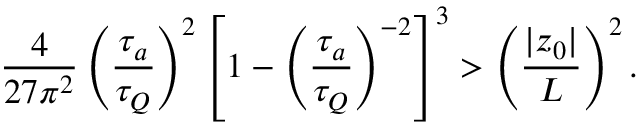
\frac { 4 } { 2 7 \pi ^ { 2 } } \left( \frac { \tau _ { a } } { \tau _ { Q } } \right) ^ { 2 } \left[ 1 - \left( \frac { \tau _ { a } } { \tau _ { Q } } \right) ^ { - 2 } \right] ^ { 3 } > \left( \frac { | z _ { 0 } | } { L } \right) ^ { 2 } .